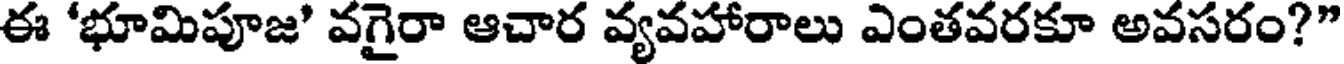
ఈ 'భూమిపూజ' వగైరా ఆచార వ్యవహారాలు ఎంతవరకూ అవసరం?"